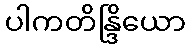
ပါကတိန္ဒြိယော